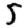
Digit: 5